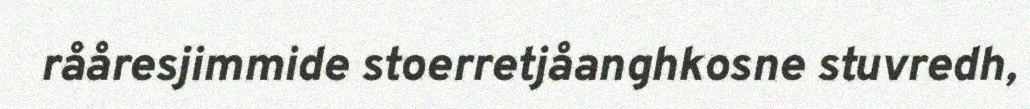
rååresjimmide stoerretjåanghkosne stuvredh,